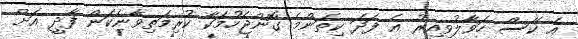
އެ ކޭސް ހަވާލުވިއިރު އެ ފަދަ ކިތަންމެ ގޮންޖެހުމަކާ ކުރިމަތިވާނެކަން ފާދީ އަށް